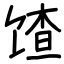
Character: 馇